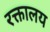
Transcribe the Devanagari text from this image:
रक्तालय